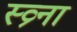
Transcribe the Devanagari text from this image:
स्व्र्ना